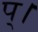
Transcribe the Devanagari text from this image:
प्।